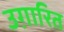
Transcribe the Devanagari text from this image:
उग़ारित